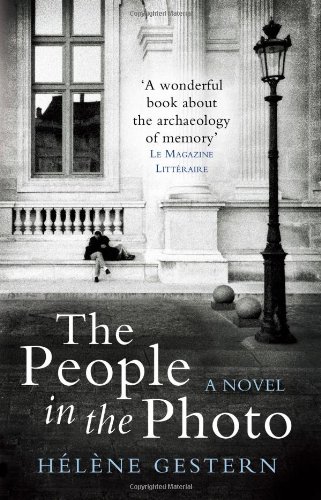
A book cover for The People in the Photo; HÃ©lÃ¨ne Gestern; Literature & Fiction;